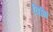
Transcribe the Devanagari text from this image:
विभिं